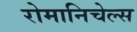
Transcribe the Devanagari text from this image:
रोमानिचेल्स